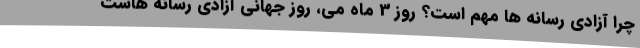
چرا آزادی رسانه ها مهم است؟ روز 3 ماه می، روز جهانی آزادی رسانه هاست